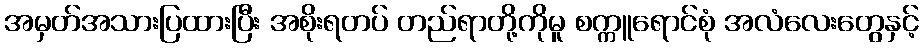
အမှတ်အသားပြထားပြီး အစိုးရတပ် တည်ရာတို့ကိုမူ စက္ကူရောင်စုံ အလံလေးတွေနှင့်